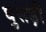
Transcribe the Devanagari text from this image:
घुसड़ी